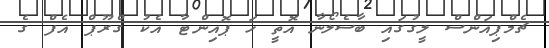
ޗެމްޕިއަންސް ލީގުގައި ބާސެލޯނާ އޮތީ ހަ ޕޮއިންޓާ އެކު ގްރޫޕް އެފް ގެ